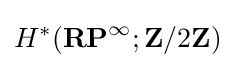
H^{*}(\mathbf {RP} ^{\infty };\mathbf {Z} /2\mathbf {Z} )